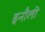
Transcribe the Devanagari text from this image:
इनौली